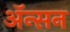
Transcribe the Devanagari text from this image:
ॲन्सन